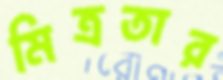
মিত্রতার